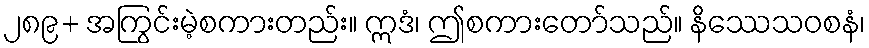
၂၈၉+ အကြွင်းမဲ့စကားတည်း။ ဣဒံ၊ ဤစကားတော်သည်။ နိဿေသဝစနံ၊